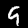
Digit: 9